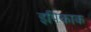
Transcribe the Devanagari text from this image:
इपिकाक